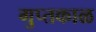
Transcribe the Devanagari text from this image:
गुप्तकाळ